Leaving Certificate, 1888
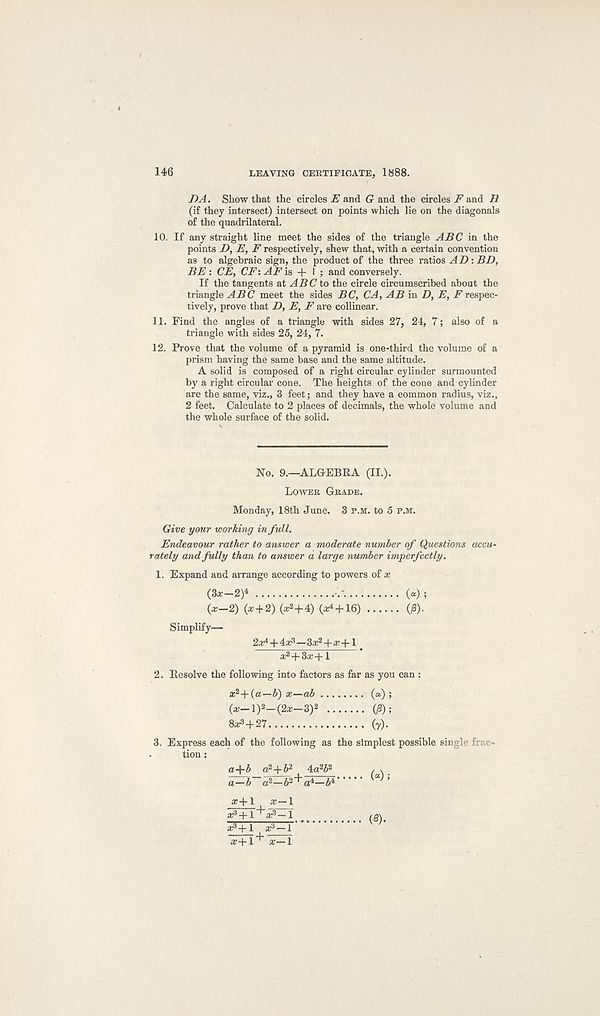
146
LEAVING CERTIFICATE, 1888.
DA. Show that the circles E and G and the circles F and H
(if they intersect) intersect on points which lie on the diagonals
of the quadrilateral.
10. If any straight line meet the sides of the triangle ABC in the
points D, E, F respectively, shew that, with a certain convention
as to algebraic sign, the product of the three ratios A D: BD,
BE : CE, CF\ AF is + I ; and conversely.
If the tangents at ABC to the circle circumscribed about the
triangle ABC meet the sides BC, CA, AB in D, E, irrespec-
tively, prove that D, E, F are collinear.
11. Find the angles of a triangle with sides 27, 24, 7; also of a
triangle with sides 25, 24, 7.
12. Prove that the volume of a pyramid is one-third the volume of a
prism having the same base and the same altitude.
A solid is composed of a right circular cylinder surmounted
by a right circular cone. The heights of the cone and cylinder
are the same, viz., 3 feet; and they have a common radius, viz.,
2 feet. Calculate to 2 places of decimals, the whole volume and
the whole surface of the solid.
No. 9.—ALGEBRA (II.).
LOWER GRADE.
Monday, 18th June. 3 P.M. to 5 P.M.
Give your working in full.
Endeavour rather to answer a moderate number of Questions accu-
rately and fully than to answer a large number imperfectly.
1.
Expand and arrange a
(3*—2)4
•.-....
(«);
{x—2) (x + 2) (*2+4) (*4 + 16)
(£).
Simplify—
2* 4 +4* 3 —3* 2 +;r+i
* 2 +3*+1
2.
Resolve the following
* 2 +(a—5) x—ab
(a) ;
(*_1)2_(2*—S) 2
(|3);
8*2+27
(y).
3.
Express each of the fo
tion :
a-\-b at+b 2 4a 2 52
a—a 2 —5 2 +a4_£4
*+l
* —1
*2+1 "^*2—1
*2+1 *3-1 '
*+1’^' *—1
(8).